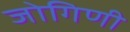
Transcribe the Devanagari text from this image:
जोगिणी